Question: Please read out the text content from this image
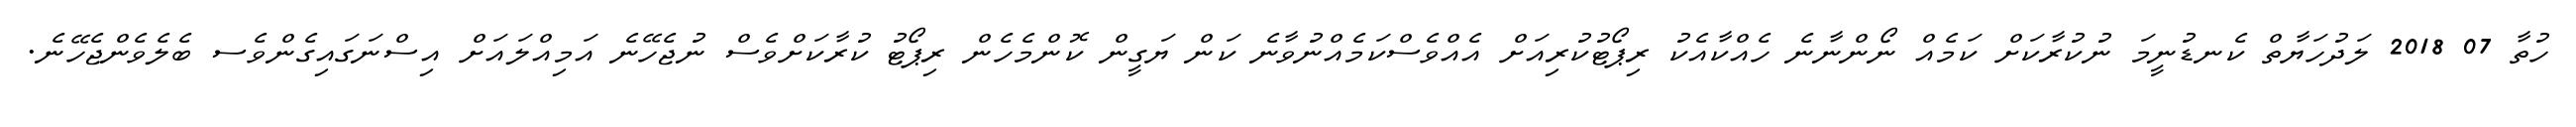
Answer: ހުތާ 07 2018 ލަދުހަޔާތް ކެނޑުނީމަ ނުކުރާކަށް ކަމެއް ނޯންނާނެ ހެއްކާއެކު ރިޕޯޓުކުރިއަށް އެއްވެސްކަމެއްނުވާނެ ކަން ޔަގީން ކޮންމެހެން ރިޕޯޓު ކުރާކަށްވެސް ނުޖެހޭނެ އަމިއްލައަށް އިސްނަގައިގެންވެސ ބެލެވެންޖެހޭނެ.